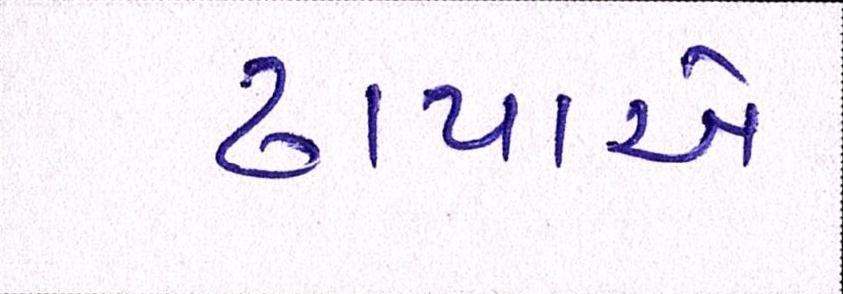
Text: ઢાપાએ